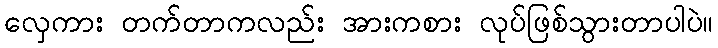
လှေကား တက်တာကလည်း အားကစား လုပ်ဖြစ်သွားတာပါပဲ။